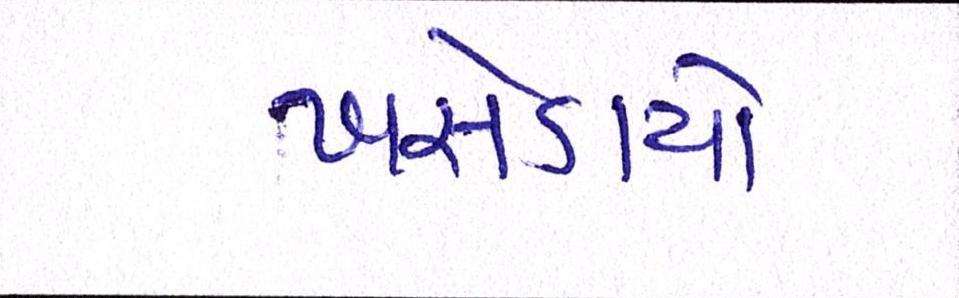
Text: ખસેડાયો